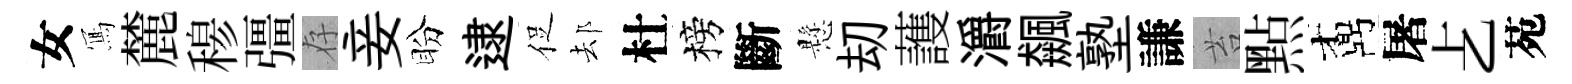
女𭂁麓𥠇彊存妾盼逮促𨚫杜榜斷懸刧䕶灂飆塾謙苔㸃鼒屠𠧒苑